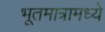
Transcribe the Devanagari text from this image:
भूतमात्रामध्ये